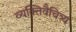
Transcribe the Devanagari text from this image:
व्यक्तिवैचित्र्य